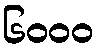
၆၀၀၀